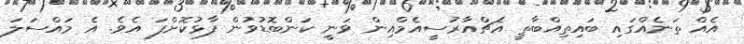
އެއް ތަނެއްގައި ބައިތިއްބާތީ އެޗްއާރުސީއެމްއިން ވަނީ ކަންބޮޑުވުން ފާޅުކޮށްފަ އެވެ. އެ މައްސަލަ